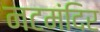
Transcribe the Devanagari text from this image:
नटमंदिर